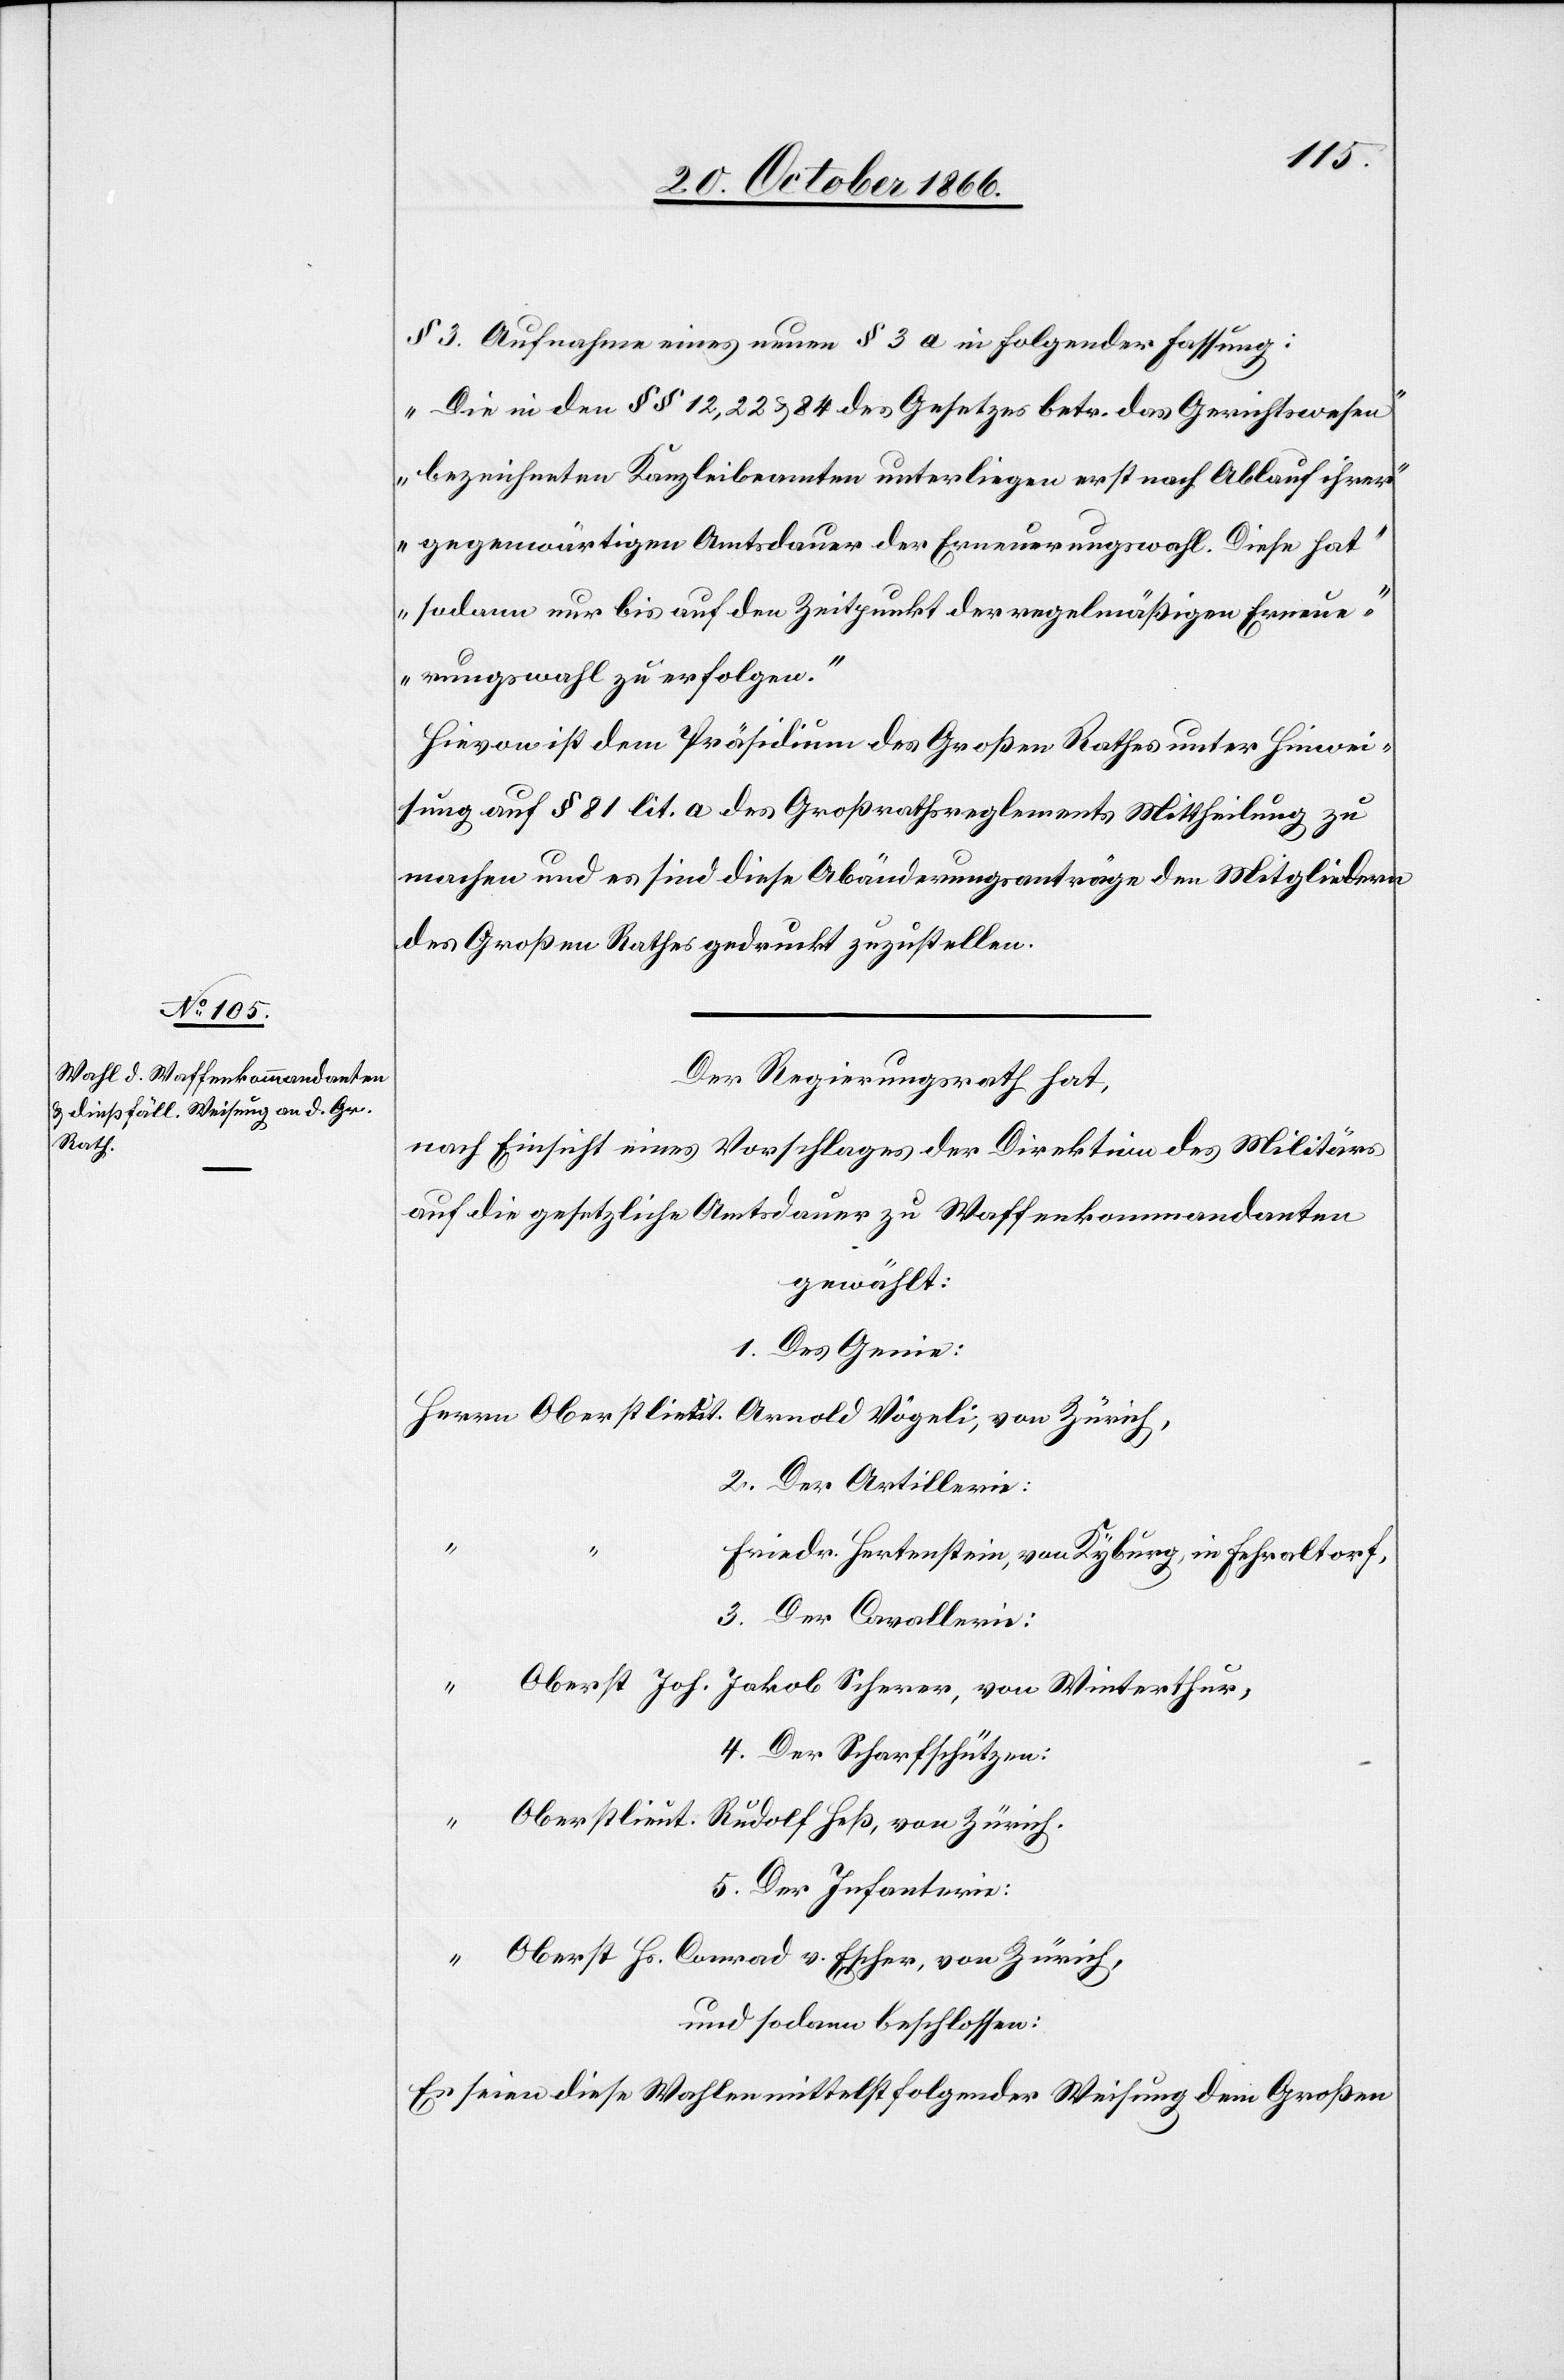
§ 3. Aufnahme eines neuen § 3 a in folgender Fassung:
„Die in den § § 12, 22 & 84 des Gesetzes betr. das Gerichtswesen
bezeichneten Kanzleibeamten unterliegen erst nach Ablauf ihrer
gegenwärtigen Amtsdauer der Erneuerungswahl. Diese hat
sodann nur bis auf den Zeitpunkt der regelmäßigen Erneue¬
rungswahl zu erfolgen.“
Hievon ist dem Präsidium des Großen Rathes unter Hinwei¬
sung auf § 81 lit. a des Großrathsreglements Mittheilung zu
machen und es sind diese Abänderungsanträge den Mitgliedern
des Großen Rathes gedruckt zuzustellen.
Der Regierungsrath hat,
nach Einsicht eines Vorschlages der Direktion des Militärs
auf die gesetzliche Amtsdauer zu Waffenkommandanten
gewählt:
1. Des Genie:
Herrn Oberstlieut. Arnold Vögeli, von Zürich,
2. Der Artillerie:
Friedr. Hertenstein, von Kyburg, in Fehraltorf,
3. Der Cavallerie:
“ Oberst Joh. Jakob Scherer, von Winterthur,
4. Der Scharfschützen:
Oberstlieut. Rudolf Heß, von Zürich,
5. Der Infanterie:
“ Oberst Hs. Conrad v. Escher, von Zürich,
und sodann beschlossen:
Es seien diese Wahlen mittelst folgender Weisung dem Großen